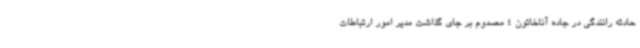
حادثه رانندگی در جاده آناخاتون 4 مصدوم بر جای گذاشت مدیر امور ارتباطات